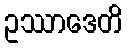
ဥဿာဒေတိ